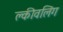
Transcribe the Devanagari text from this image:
क्लीवलिंग